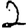
Digit: 2